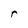
Character: r